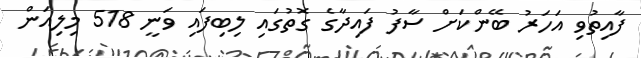
ފާއިތުވި އަހަރު ބޭންކަށް ސާފު ފައިދާގެ ގޮތުގައި ލިބިފައި ވަނީ 518 މިލިއަން